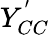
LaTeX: Y_{CC}^{'}